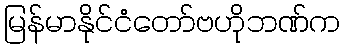
မြန်မာနိုင်ငံတော်ဗဟိုဘဏ်က